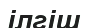
ілгіш